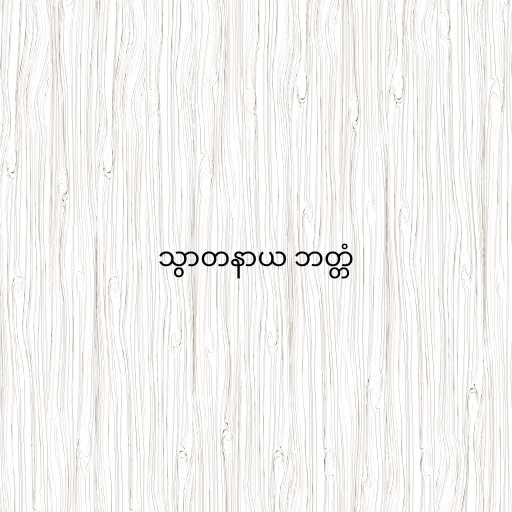
သွာတနာယ ဘတ္တံ